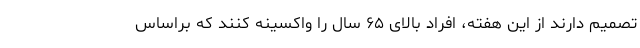
تصمیم دارند از این هفته، افراد بالای ۶۵ سال را واکسینه کنند که براساس